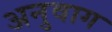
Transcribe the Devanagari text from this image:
अनुवाग